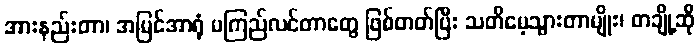
အားနည်းတာ၊ အမြင်အာရုံ မကြည်လင်တာတွေ ဖြစ်တတ်ပြီး သတိမေ့သွားတာမျိုး၊ တချို့ဆို